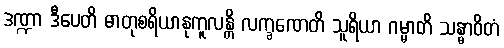
ဒဏ္ဍာ ဒီပေတိ ဓာတုစရိယာနုကူလန္တိ လက္ခဏေတိ သူရိယာ ဂမ္မာတိ သန္ဓာဝိတံ